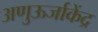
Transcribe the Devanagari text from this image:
अणुऊर्जाकेंद्र